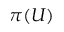
\pi ( U )